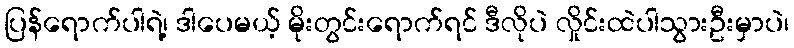
ပြန်ရောက်ပါရဲ့၊ ဒါပေမယ့် မိုးတွင်းရောက်ရင် ဒီလိုပဲ လှိုင်းထဲပါသွားဦးမှာပဲ၊